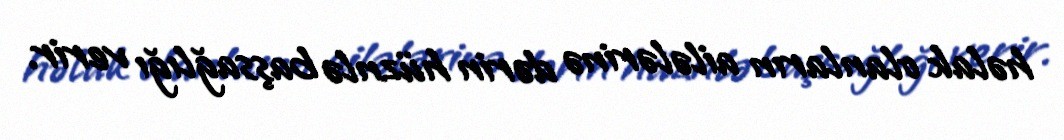
həlak olanların ailələrinə dərin hüznlə başsağlığı verir.